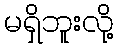
မရှိဘူးလို့